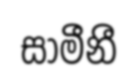
සාමීනී